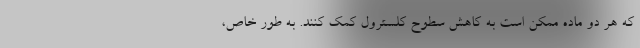
که هر دو ماده ممکن است به کاهش سطوح کلسترول کمک کنند. به طور خاص،